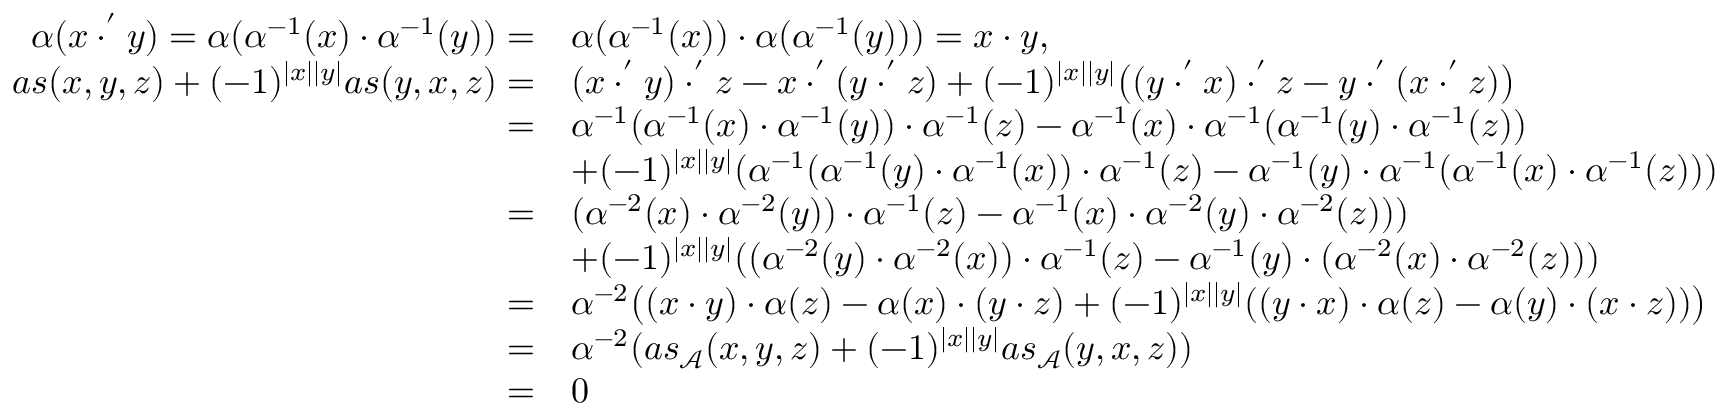
\begin{array} { r l } { \alpha ( x \cdot ^ { ' } y ) = \alpha ( \alpha ^ { - 1 } ( x ) \cdot \alpha ^ { - 1 } ( y ) ) = } & { \alpha ( \alpha ^ { - 1 } ( x ) ) \cdot \alpha ( \alpha ^ { - 1 } ( y ) ) ) = x \cdot y , } \\ { a s ( x , y , z ) + ( - 1 ) ^ { | x | | y | } a s ( y , x , z ) = } & { ( x \cdot ^ { ' } y ) \cdot ^ { ' } z - x \cdot ^ { ' } ( y \cdot ^ { ' } z ) + ( - 1 ) ^ { | x | | y | } \big ( ( y \cdot ^ { ' } x ) \cdot ^ { ' } z - y \cdot ^ { ' } ( x \cdot ^ { ' } z ) \big ) } \\ { = } & { \alpha ^ { - 1 } ( \alpha ^ { - 1 } ( x ) \cdot \alpha ^ { - 1 } ( y ) ) \cdot \alpha ^ { - 1 } ( z ) - \alpha ^ { - 1 } ( x ) \cdot \alpha ^ { - 1 } ( \alpha ^ { - 1 } ( y ) \cdot \alpha ^ { - 1 } ( z ) ) } \\ & { + ( - 1 ) ^ { | x | | y | } ( \alpha ^ { - 1 } ( \alpha ^ { - 1 } ( y ) \cdot \alpha ^ { - 1 } ( x ) ) \cdot \alpha ^ { - 1 } ( z ) - \alpha ^ { - 1 } ( y ) \cdot \alpha ^ { - 1 } ( \alpha ^ { - 1 } ( x ) \cdot \alpha ^ { - 1 } ( z ) ) ) } \\ { = } & { ( \alpha ^ { - 2 } ( x ) \cdot \alpha ^ { - 2 } ( y ) ) \cdot \alpha ^ { - 1 } ( z ) - \alpha ^ { - 1 } ( x ) \cdot \alpha ^ { - 2 } ( y ) \cdot \alpha ^ { - 2 } ( z ) ) ) } \\ & { + ( - 1 ) ^ { | x | | y | } ( ( \alpha ^ { - 2 } ( y ) \cdot \alpha ^ { - 2 } ( x ) ) \cdot \alpha ^ { - 1 } ( z ) - \alpha ^ { - 1 } ( y ) \cdot ( \alpha ^ { - 2 } ( x ) \cdot \alpha ^ { - 2 } ( z ) ) ) } \\ { = } & { \alpha ^ { - 2 } \big ( ( x \cdot y ) \cdot \alpha ( z ) - \alpha ( x ) \cdot ( y \cdot z ) + ( - 1 ) ^ { | x | | y | } ( ( y \cdot x ) \cdot \alpha ( z ) - \alpha ( y ) \cdot ( x \cdot z ) ) \big ) } \\ { = } & { \alpha ^ { - 2 } ( a s _ { \mathcal A } ( x , y , z ) + ( - 1 ) ^ { | x | | y | } a s _ { \mathcal A } ( y , x , z ) ) } \\ { = } & { 0 } \end{array}